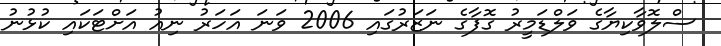
ސްލޮވާކިޔާގެ ވަލްޑަމީރު ގޮފާގެ ނަޒަރުގައި 2006 ވަނަ އަހަރު ނިއު އަށްޓަކައި ކުޅުނު